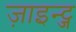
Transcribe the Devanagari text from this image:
ज़ाइन्ट्ज